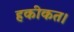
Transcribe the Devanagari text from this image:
हकीकत।